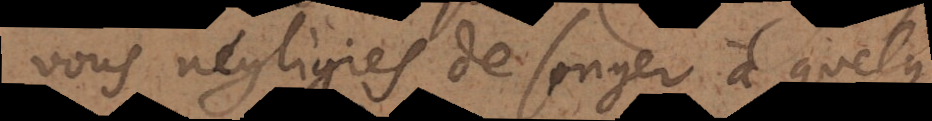
vous négligiés de songer à quelque